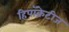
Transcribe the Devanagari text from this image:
हिपॉक्रेटीज